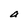
Character: a